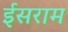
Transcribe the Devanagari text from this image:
ईसराम